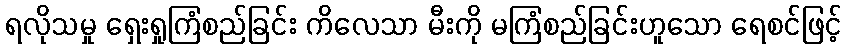
ရလိုသမှု ရှေးရှုကြံစည်ခြင်း ကိလေသာ မီးကို မကြံစည်ခြင်းဟူသော ရေစင်ဖြင့်